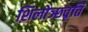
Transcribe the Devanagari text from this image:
शिलोञ्छवृत्ति